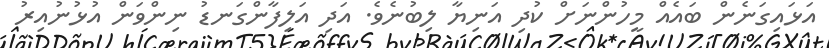
އަޅައިގަނެން ބައެއް މީހުންނަށް ކުދި އަނިޔާ ލިބުނެވެ. އަދި އަލިފާންގަނޑު ނިންވަން އުޅުނުއިރު